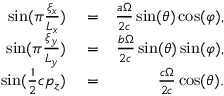
\begin{array} { r l r } { \sin ( \pi \frac { \xi _ { x } } { L _ { x } } ) } & { { } = } & { \frac { a \Omega } { 2 c } \sin ( \theta ) \cos ( \varphi ) , } \\ { \sin ( \pi \frac { \xi _ { y } } { L _ { y } } ) } & { { } = } & { \frac { b \Omega } { 2 c } \sin ( \theta ) \sin ( \varphi ) , } \\ { \sin ( \frac { 1 } { 2 } c p _ { z } ) } & { { } = } & { \frac { c \Omega } { 2 c } \cos ( \theta ) . } \end{array}